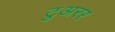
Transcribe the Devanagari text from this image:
टुअरर